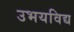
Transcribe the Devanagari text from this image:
उभयविद्य